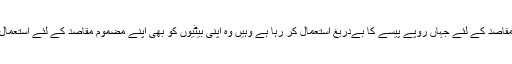
دشمن اپنے مقاصد کے لئے جہاں روپے پیسے کا بےدریغ استعمال کر رہا ہے وہیں وہ اپنی بیٹیوں کو بھی اپنے مضموم مقاصد کے لئے استعمال کر رہا ہے۔